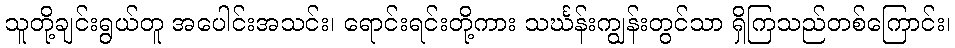
သူတို့ချင်းရွယ်တူ အပေါင်းအသင်း၊ ရောင်းရင်းတို့ကား သင်္ဃန်းကျွန်းတွင်သာ ရှိကြသည်တစ်ကြောင်း၊